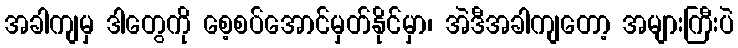
အခါကျမှ ဒါတွေကို စေ့စပ်အောင်မှတ်နိုင်မှာ၊ အဲဒီအခါကျတော့ အများကြီးပဲ